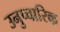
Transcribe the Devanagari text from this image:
उनुप्चारिक